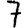
Digit: 7